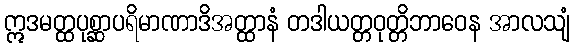
ဣဒမတ္ထပုစ္ဆာပရိမာဏာဒိအတ္ထာနံ တဒါယတ္တဝုတ္တိဘာဝေန အာလသျံ